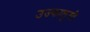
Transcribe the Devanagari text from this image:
उज्फालुसी